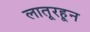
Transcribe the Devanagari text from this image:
लातूरहून